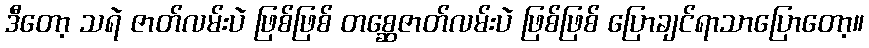
ဒီတော့ သရဲ ဇာတ်လမ်းပဲ ဖြစ်ဖြစ် တစ္ဆေဇာတ်လမ်းပဲ ဖြစ်ဖြစ် ပြောချင်ရာသာပြောတော့။